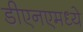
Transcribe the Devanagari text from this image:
डीएनएमध्ये